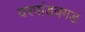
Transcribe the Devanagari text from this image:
वरपांडवगड